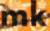
mk